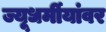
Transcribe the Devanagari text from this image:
ज्यूधर्मीयांवर